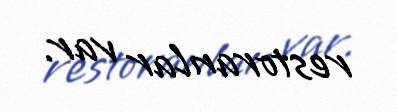
restoranlar var.